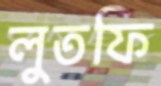
লুতফি